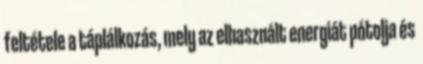
feltétele a táplálkozás, mely az elhasznált energiát pótolja és